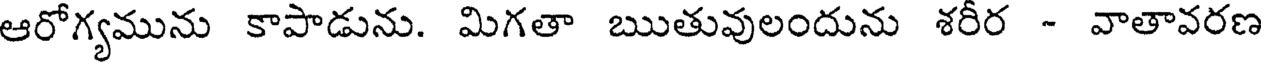
ఆరోగ్యమును కాపాడును. మిగతా ఋతువులందును శరీర - వాతావరణ